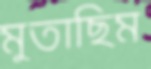
মুতাছিম